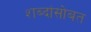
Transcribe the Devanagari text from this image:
शब्दांसोबत